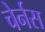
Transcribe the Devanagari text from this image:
चेर्नस